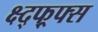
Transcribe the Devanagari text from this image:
क्ष्द्फ्र्फ्स